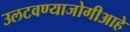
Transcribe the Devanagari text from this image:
उलटवण्याजोगीआहे